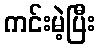
ကင်းမဲ့ပြီး